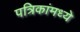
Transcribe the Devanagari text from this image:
पत्रिकांमध्ये